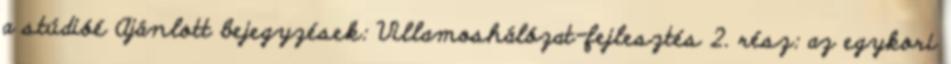
a stúdióé Ajánlott bejegyzések: Villamoshálózat-fejlesztés 2. rész: az egykori